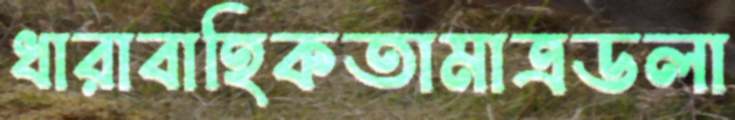
ধারাবাহিকতামাত্রডলা